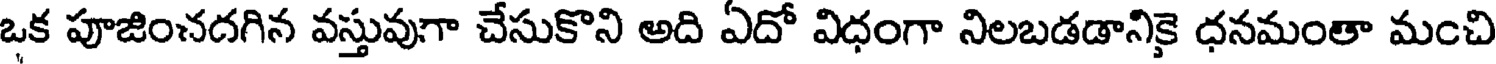
ఒక పూజించదగిన వస్తువుగా చేసుకొని అది ఏదో విధంగా నిలబడడానికై ధనమంతా మంచి